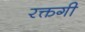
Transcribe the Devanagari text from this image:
रक्तगी